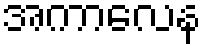
အကာလေန